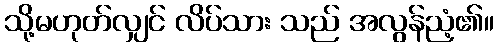
သို့မဟုတ်လျှင် လိပ်သား သည် အလွန်ညံ့၏။